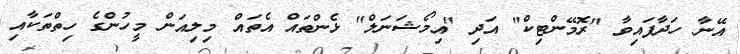
އޭނާ ހަދާފައިވާ "ރޮމޭންޓިކް" އަދި "އިމޯޝަނަލް" ޅެންތައް އެތައް މިލިއަން މީހުންގެ ހިތްތަކާއި